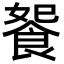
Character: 𩛗